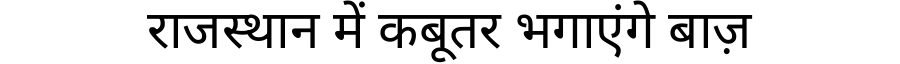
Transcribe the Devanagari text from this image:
राजस्थान में कबूतर भगाएंगे बाज़